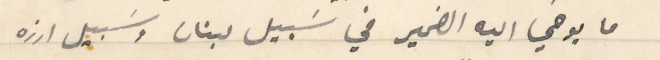
ما يوحي اليه الضمير في سَبيل لبنان وسَبيل ارزه